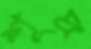
শূদ্র